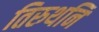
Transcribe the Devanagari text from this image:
तिरुथनि